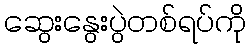
ဆွေးနွေးပွဲတစ်ရပ်ကို